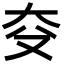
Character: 𪥆